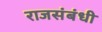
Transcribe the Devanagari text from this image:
राजसंबंधी